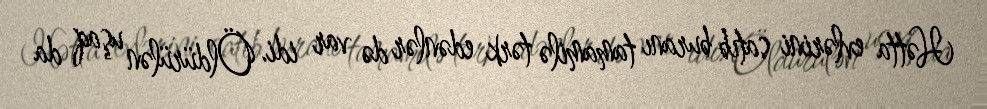
Hətta evlərini satıb buranı tamamilə tərk edənlər də var idi. Öldürülən uşaq da